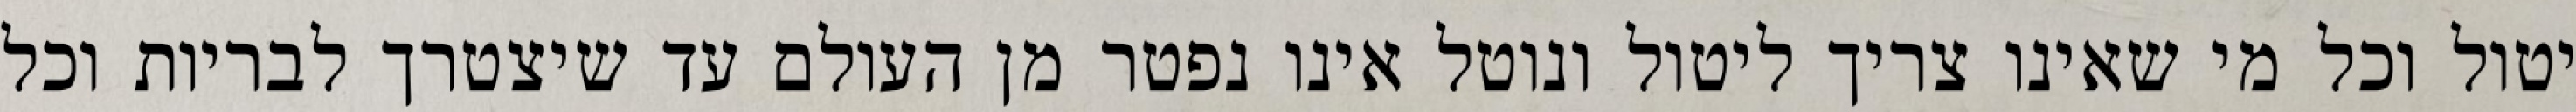
יטול וכל מי שאינו צריך ליטול ונוטל אינו נפטר מן העולם עד שיצטרך לבריות וכל